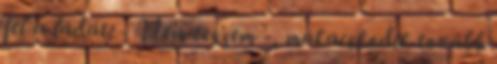
fel a ládát. - Nem teszem -, makacskodik tovább